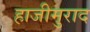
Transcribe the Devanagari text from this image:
हाजीमुराद